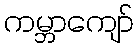
ကမ္ဘာကျော်